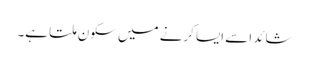
شائد اسے ایسا کرنے میں سکون ملتا ہے۔